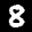
Digit: 8